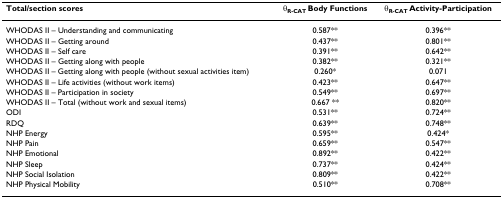
<table><thead><tr><td><b>Total/section scores</b></td><td><b>θ<sub>R-CAT </sub>Body Functions</b></td><td><b>θ<sub>R-CAT </sub>Activity-Participation</b></td></tr></thead><tbody><tr><td>WHODAS II – Understanding and communicating</td><td>0.587**</td><td>0.396**</td></tr><tr><td>WHODAS II – Getting around</td><td>0.437**</td><td>0.801**</td></tr><tr><td>WHODAS II – Self care</td><td>0.391**</td><td>0.642**</td></tr><tr><td>WHODAS II – Getting along with people</td><td>0.382**</td><td>0.321**</td></tr><tr><td>WHODAS II – Getting along with people (without sexual activities item)</td><td>0.260*</td><td>0.071</td></tr><tr><td>WHODAS II – Life activities (without work items)</td><td>0.423**</td><td>0.647**</td></tr><tr><td>WHODAS II – Participation in society</td><td>0.549**</td><td>0.697**</td></tr><tr><td>WHODAS II – Total (without work and sexual items)</td><td>0.667 **</td><td>0.820**</td></tr><tr><td>ODI</td><td>0.531**</td><td>0.724**</td></tr><tr><td>RDQ</td><td>0.639**</td><td>0.748**</td></tr><tr><td>NHP Energy</td><td>0.595**</td><td>0.424*</td></tr><tr><td>NHP Pain</td><td>0.659**</td><td>0.547**</td></tr><tr><td>NHP Emotional</td><td>0.892**</td><td>0.422**</td></tr><tr><td>NHP Sleep</td><td>0.737**</td><td>0.424**</td></tr><tr><td>NHP Social Isolation</td><td>0.809**</td><td>0.422**</td></tr><tr><td>NHP Physical Mobility</td><td>0.510**</td><td>0.708**</td></tr></tbody></table>